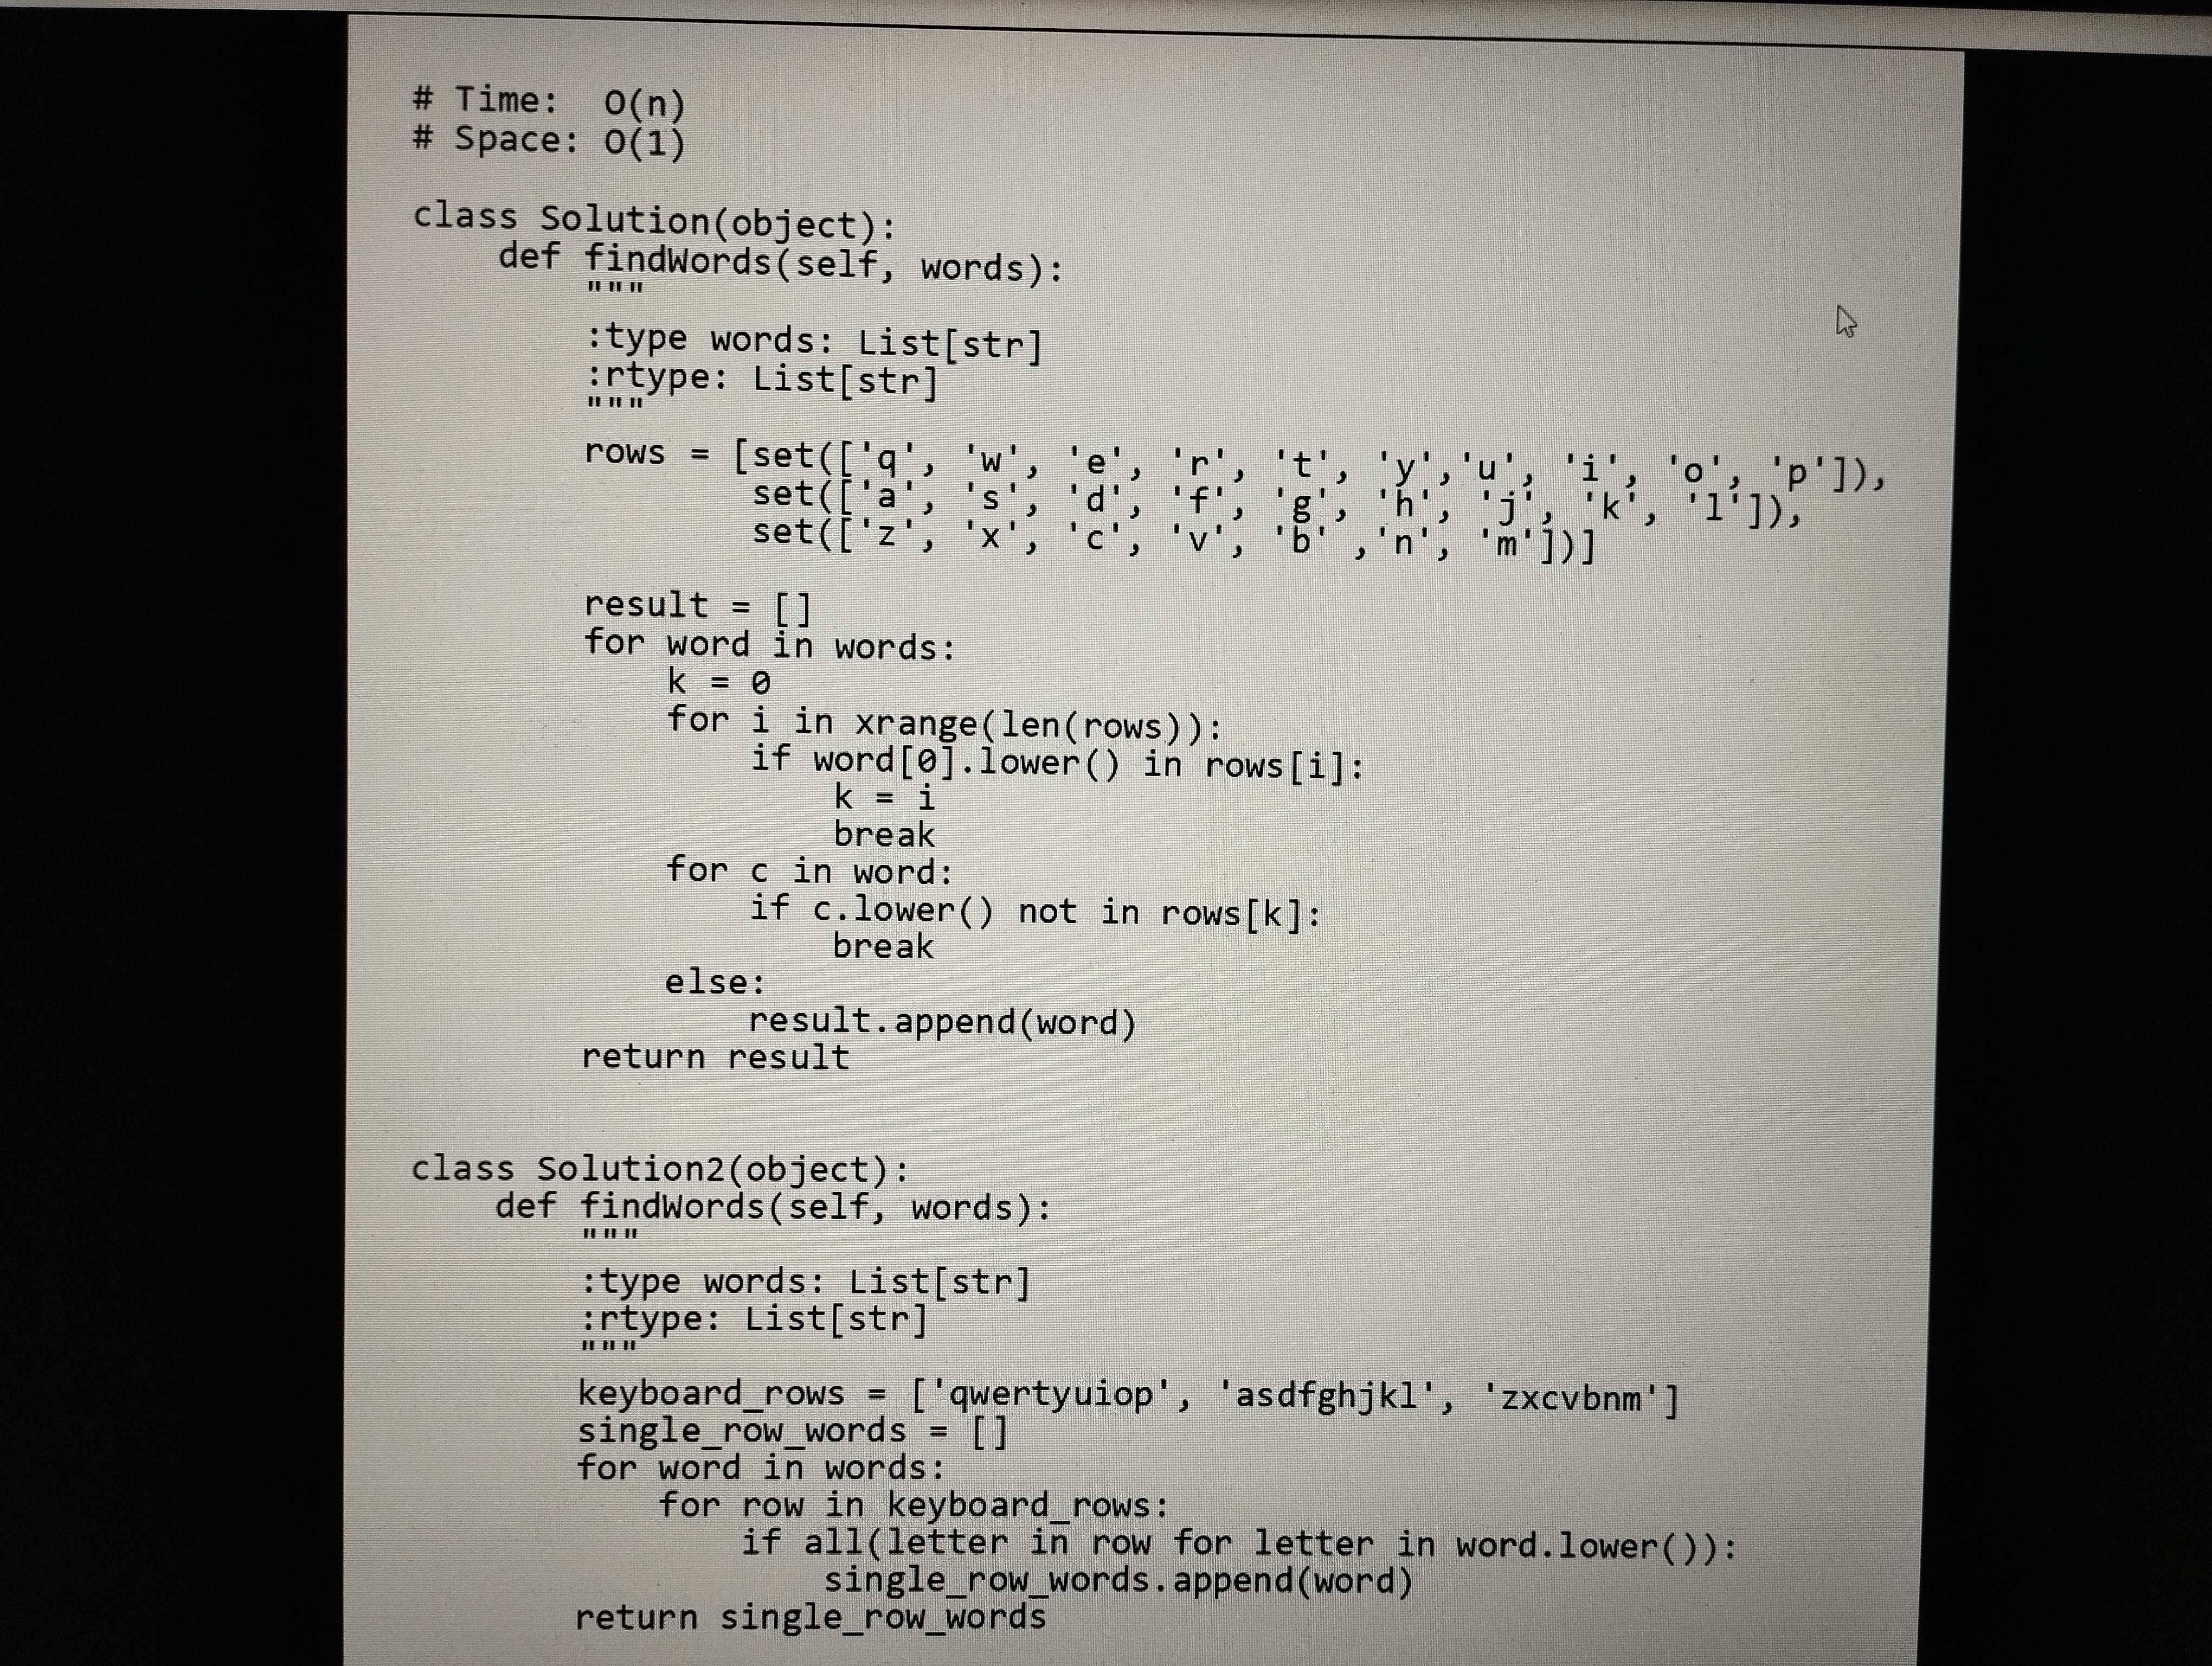
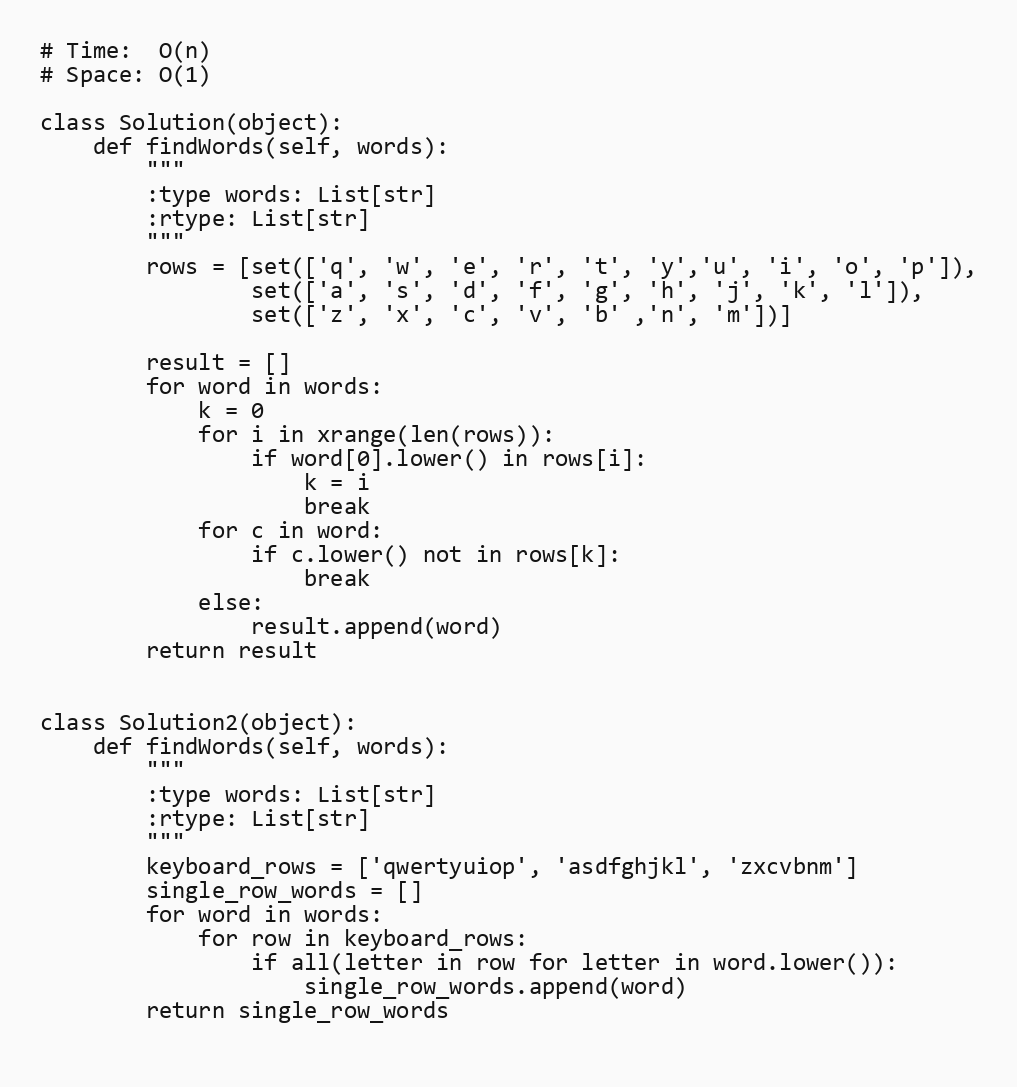
# Time:  O(n)
# Space: O(1)

class Solution(object):
    def findWords(self, words):
        """
        :type words: List[str]
        :rtype: List[str]
        """
        rows = [set(['q', 'w', 'e', 'r', 't', 'y','u', 'i', 'o', 'p']),
                set(['a', 's', 'd', 'f', 'g', 'h', 'j', 'k', 'l']),
                set(['z', 'x', 'c', 'v', 'b' ,'n', 'm'])]

        result = []
        for word in words:
            k = 0
            for i in xrange(len(rows)):
                if word[0].lower() in rows[i]:
                    k = i
                    break
            for c in word:
                if c.lower() not in rows[k]:
                    break
            else:
                result.append(word)
        return result

class Solution2(object):
    def findWords(self, words):
        """
        :type words: List[str]
        :rtype: List[str]
        """
        keyboard_rows = ['qwertyuiop', 'asdfghjkl', 'zxcvbnm']
        single_row_words = []
        for word in words:
            for row in keyboard_rows:
                if all(letter in row for letter in word.lower()):
                    single_row_words.append(word)
        return single_row_words